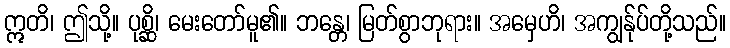
ဣတိ၊ ဤသို့။ ပုစ္ဆိ၊ မေးတော်မူ၏။ ဘန္တေ၊ မြတ်စွာဘုရား။ အမှေဟိ၊ အကျွန်ုပ်တို့သည်။